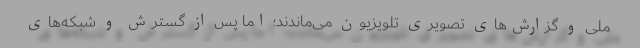
ملی و گزارش‌های تصویری تلویزیون می‌ماندند؛ اما پس از گسترش و شبکه‌های